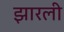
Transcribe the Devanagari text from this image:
झारली